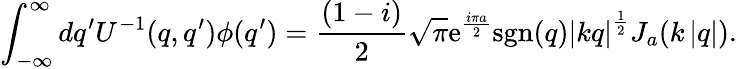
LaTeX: \int_{-\infty}^{\infty}dq^{\prime}U^{-1}(q,q^{\prime})\phi(q^{\prime})=\frac{(1-i)}{2}\sqrt{\pi}\mathrm{e}^{\frac{i\pi a}{2}}\mathrm{sgn}(q)\left|kq\right|^{\frac{1}{2}}J_{a}(k\left|q\right|).